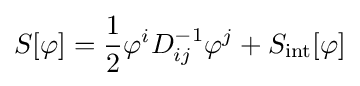
S[\varphi ]={\frac {1}{2}}\varphi ^{i}D_{ij}^{-1}\varphi ^{j}+S_{\text{int}}[\varphi ]